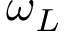
\omega _ { L }